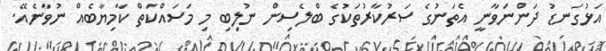
އަޅުގަނޑު ދަންނަވާނީ އެތަނުގެ ސަރުކާރުތަކުގެ ބްލެސިން ނުލިބި މި މަސައްކަތް ކާމިޔާބެއް ނުވާނެއޭ.